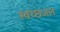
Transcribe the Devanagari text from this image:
स्वच्छजल